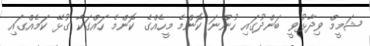
ޝަމީމް ވިދާޅުވީ ބަންދުގައި ހުންނަ ކޮންމެ މީހެއްގެ ކޮންމެ ހައްގަކާ ގުޅޭ ކަމެއްގައި